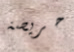
حريصة